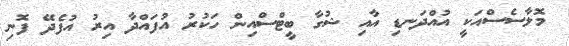
މޮލާސެސްއަކީ އުއްދަނޑި އާއި ޝުގާ ބީޓްސްއިން ހަކުރު އުފައްދާ އިރު އުފެދޭ ފޮނި